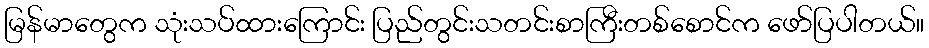
မြန်မာတွေက သုံးသပ်ထားကြောင်း ပြည်တွင်းသတင်းစာကြီးတစ်စောင်က ဖော်ပြပါတယ်။